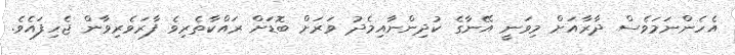
އެހެންނަމަވެސް ދާރާއަށް މިވަނީ އޭނާގެ ކުދިންނާއިމެދު ވަރަށް ބޮޑަށް ރައްކާތެރިވެ ފާރަވެރިވާން ޖެހިފައެވެ.